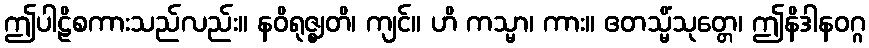
ဤပါဠိစကားသည်လည်း။ နဝိရုဇ္ဈတိ၊ ကျင်။ ဟိ ကသ္မာ၊ ကား။ ဧတသ္မိံသုတ္တေ၊ ဤနိဒါနဝဂ္ဂ